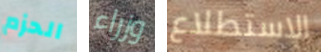
الحزم وزراء الاستطلاع